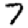
Digit: 7